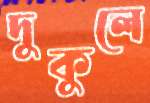
দুকুলে